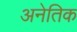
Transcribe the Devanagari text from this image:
अनेतिक